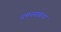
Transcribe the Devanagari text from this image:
दमनसत्राचा